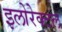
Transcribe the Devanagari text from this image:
इलोरेक्टल